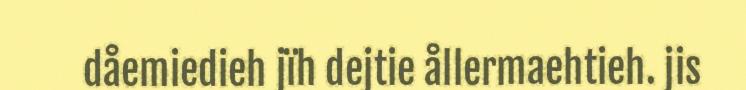
dåemiedieh jïh dejtie ållermaehtieh. jis